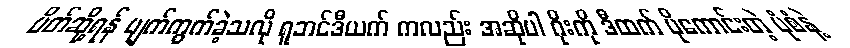
ပိတ်ဆို့ရန် ပျက်ကွက်ခဲ့သလို ရူဘင်ဒီယက် ကလည်း အဆိုပါ ဂိုးကို ဒီထက် ပိုကောင်းတဲ့ ပုံစံနဲ့